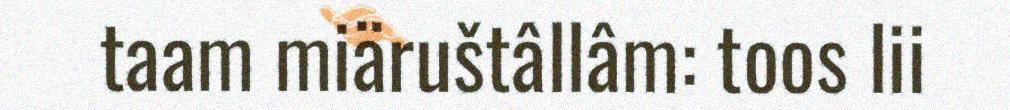
taam miäruštâllâm: toos lii